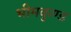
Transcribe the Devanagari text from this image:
भीमकुण्ड